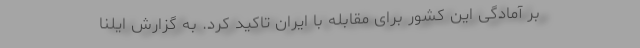
بر آمادگی این کشور برای مقابله با ایران تاکید کرد. به گزارش ایلنا